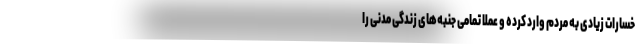
خسارات زیادی به مردم وارد کرده و عملا تمامی جنبه‌های زندگی مدنی را